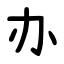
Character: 办